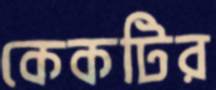
কেকটির